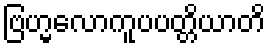
ဗြဟ္မလောကူပပတ္တိယာတိ